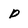
Character: p